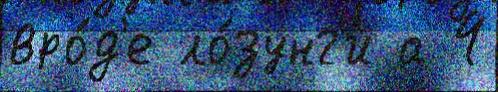
вро́д'е ло́зунг'и а 4